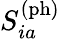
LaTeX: S_{ia}^{\mathrm{(ph)}}